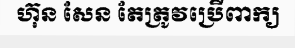
ហ៊ុន សែន តែត្រូវប្រើពាក្យ